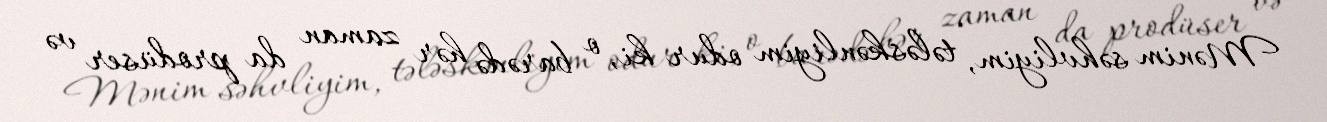
Mənim səhvliyim, tələskənliyim odur ki, o barədə hər zaman da prodüser və